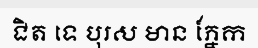
ជិត ទេ បុរស មាន ភ្នែក